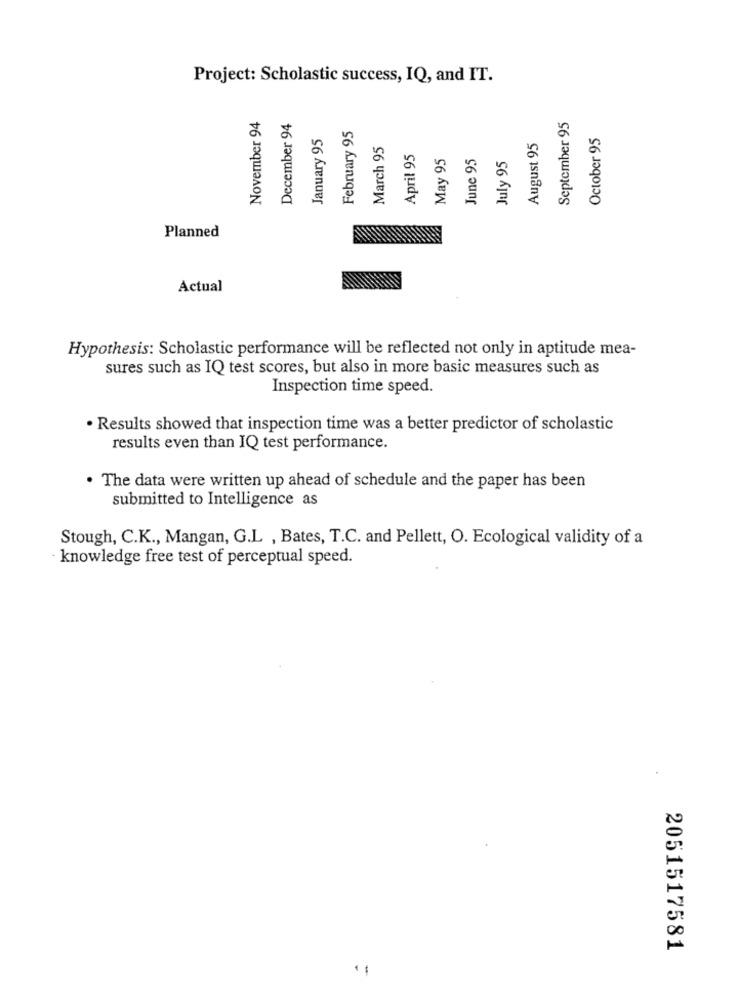
Project: Scholastic success, IQ, and IT.
November 94
December 94
February 95
September 95
January 95
October 95
March 95
August 95
April 95
May 95
June 95
July 95
Planned
Actual
Hypothesis: Scholastic performance will be reflected not only in aptitude mea-
sures such as IQ test scores, but also in more basic measures such as
Inspection time speed.
· Results showed that inspection time was a better predictor of scholastic
results even than IQ test performance.
. The data were written up ahead of schedule and the paper has been
submitted to Intelligence as
Stough, C.K ., Mangan, G.L , Bates, T.C. and Pellett, O. Ecological validity of a
· knowledge free test of perceptual speed.
2051517581